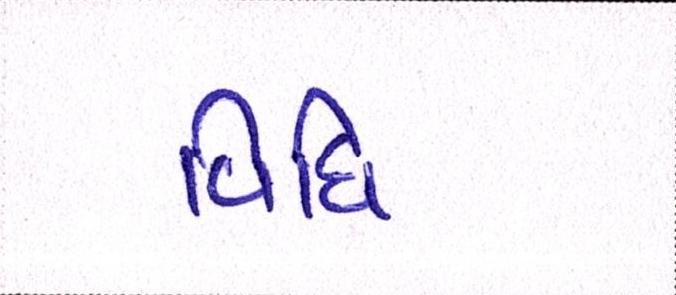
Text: વિધિ